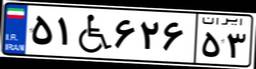
۹۱W۷۸۱۸۵